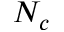
N _ { c }